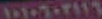
١٠١٠٦٠٢١١٩